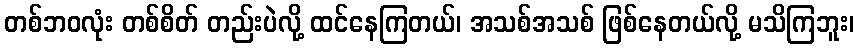
တစ်ဘဝလုံး တစ်စိတ် တည်းပဲလို့ ထင်နေကြတယ်၊ အသစ်အသစ် ဖြစ်နေတယ်လို့ မသိကြဘူး၊